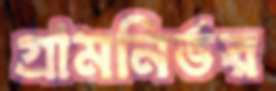
গ্রামনির্ভর